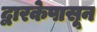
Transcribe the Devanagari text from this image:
द्वारकेपासून